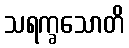
သရက္ခသောတိ